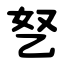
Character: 㐐